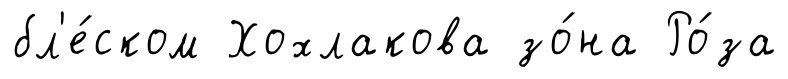
бл'е́ском Хохлакова зо́на Ро́за